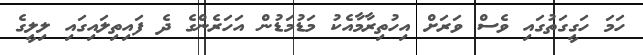
ހަމަ ހަގީގަތުގައި ވެސް ވަރަށް އިހުތިރާމާއެކު މަޑުމަޑުން އަހަރެންގެ ދެ ފައިތިލައިގައި ލިލީގެ